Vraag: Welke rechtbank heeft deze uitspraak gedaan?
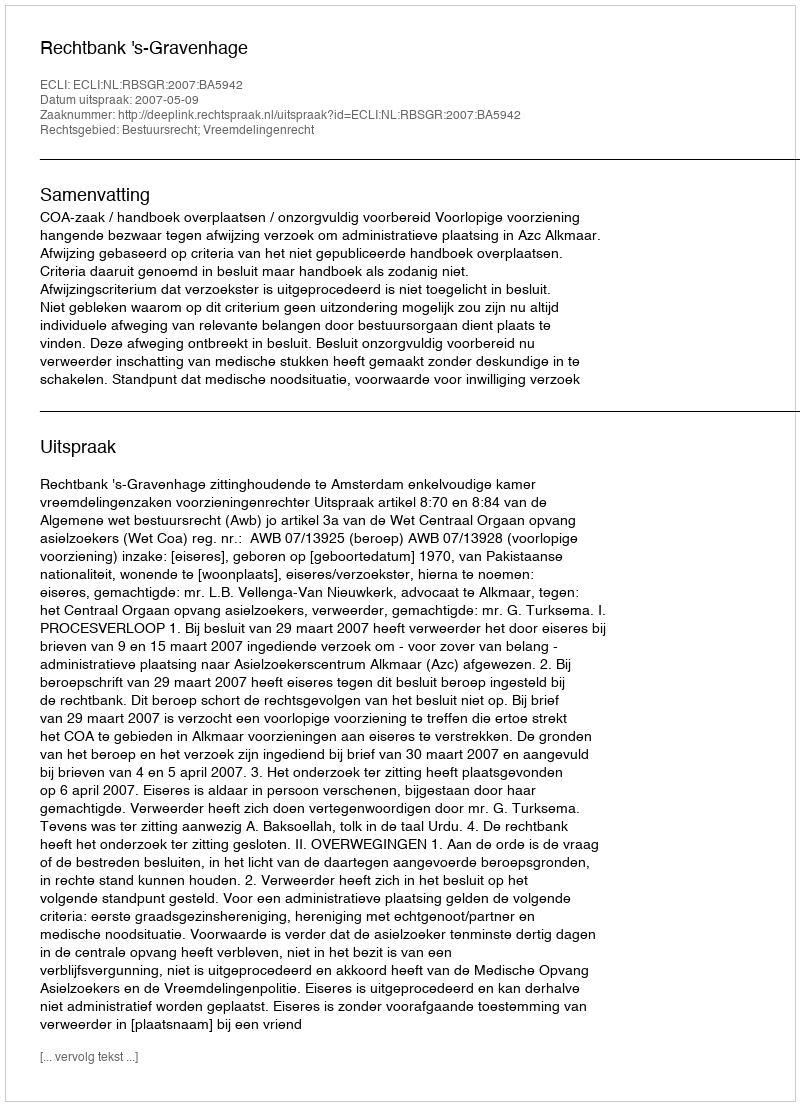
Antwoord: Rechtbank 's-Gravenhage